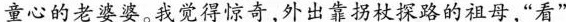
童心的老婆婆。我觉得惊奇，外出靠拐杖探路的祖母，“看”